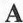
A